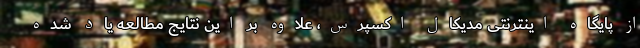
از پایگاه اینترنتی مدیکال اکسپرس، علاوه بر این نتایج مطالعه یاد شده